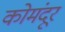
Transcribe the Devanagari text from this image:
कोमंदूर